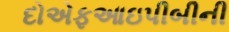
દોએફઆઇપીબીની